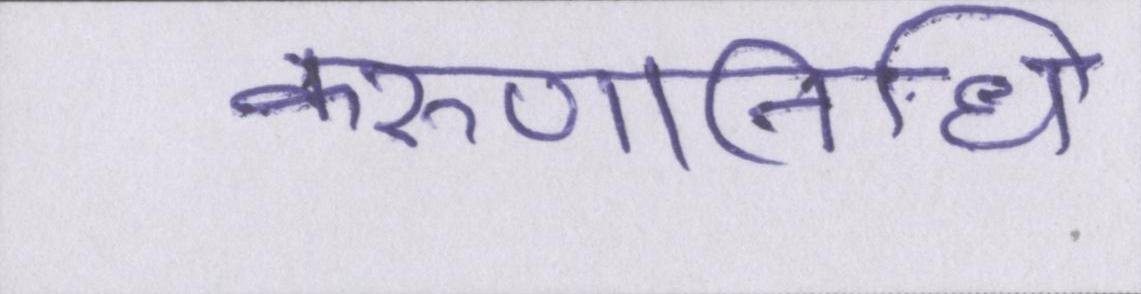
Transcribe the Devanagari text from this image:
करुणानिधि